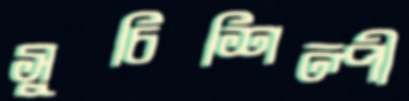
সুচিশিল্পী